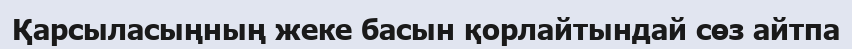
Қарсыласыңның жеке басын қорлайтындай сөз айтпа